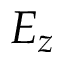
E _ { z }